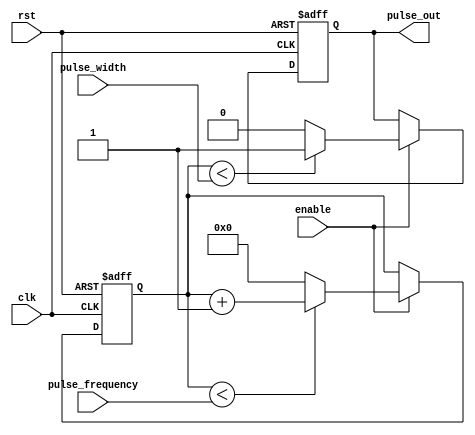
module SimplePulseGenerator (
    input wire clk,
    input wire rst,
    input wire enable,
    input wire [31:0] pulse_width,
    input wire [31:0] pulse_frequency,
    output reg pulse_out
);

reg [31:0] counter;

always @(posedge clk or posedge rst) begin
    if (rst) begin
        counter <= 0;
        pulse_out <= 0;
    end else if (enable) begin
        if (counter < pulse_width) begin
            pulse_out <= 1;
        end else begin
            pulse_out <= 0;
        end

        if (counter < pulse_frequency) begin
            counter <= counter + 1;
        end else begin
            counter <= 0;
        end
    end
end

endmodule